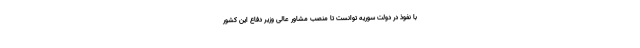
با نفوذ در دولت سوریه توانست تا منصب مشاور عالی وزیر دفاع این کشور